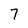
Character: 7